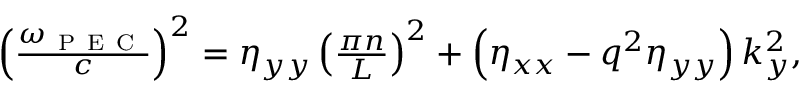
\begin{array} { r } { \left( \frac { \omega _ { \mathrm { ~ P ~ E ~ C ~ } } } { c } \right) ^ { 2 } = \eta _ { y y } \left( \frac { \pi n } { L } \right) ^ { 2 } + \left( \eta _ { x x } - q ^ { 2 } \eta _ { y y } \right) k _ { y } ^ { 2 } , } \end{array}